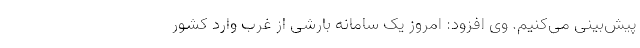
پیش‌بینی می‌کنیم. وی افزود: امروز یک سامانه بارشی از غرب وارد کشور